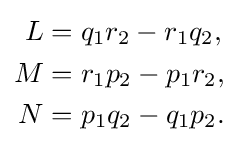
{\begin{aligned}L&=q_{1}r_{2}-r_{1}q_{2},\\M&=r_{1}p_{2}-p_{1}r_{2},\\N&=p_{1}q_{2}-q_{1}p_{2}.\end{aligned}}